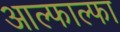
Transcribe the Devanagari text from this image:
आल्फाल्फा